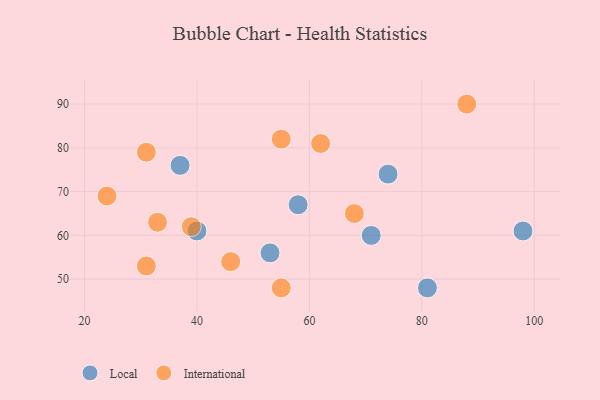
{"axis": {"x": "GDP", "y": "Life Expectancy"}, "legend": ["International", "Local"], "data": [{"x": "74", "y": 74, "type": "Local"}, {"x": "81", "y": 48, "type": "Local"}, {"x": "37", "y": 76, "type": "Local"}, {"x": "53", "y": 56, "type": "Local"}, {"x": "58", "y": 67, "type": "Local"}, {"x": "71", "y": 60, "type": "Local"}, {"x": "98", "y": 61, "type": "Local"}, {"x": "40", "y": 61, "type": "Local"}, {"x": "88", "y": 90, "type": "International"}, {"x": "46", "y": 54, "type": "International"}, {"x": "31", "y": 79, "type": "International"}, {"x": "68", "y": 65, "type": "International"}, {"x": "39", "y": 62, "type": "International"}, {"x": "55", "y": 82, "type": "International"}, {"x": "55", "y": 48, "type": "International"}, {"x": "24", "y": 69, "type": "International"}, {"x": "62", "y": 81, "type": "International"}, {"x": "31", "y": 53, "type": "International"}, {"x": "33", "y": 63, "type": "International"}]}